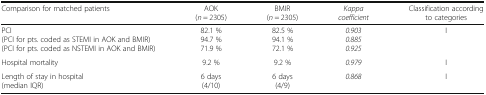
<table><thead><tr><td><b>Comparison for matched patients</b></td><td><b>AOK (<i>n</i> = 2305)</b></td><td><b>BMIR (<i>n</i> = 2305)</b></td><td><b><i>Kappa coefficient</i></b></td><td><b>Classification according to categories</b></td></tr></thead><tbody><tr><td>PCI(PCI for pts. coded as STEMI in AOK and BMIR)(PCI for pts. coded as NSTEMI in AOK and BMIR)</td><td>82.1 %94.7 %71.9 %</td><td>82.5 %94.1 %72.1 %</td><td><i>0.903</i><i>0.885</i><i>0.925</i></td><td>I</td></tr><tr><td>Hospital mortality</td><td>9.2 %</td><td>9.2 %</td><td><i>0.979</i></td><td>I</td></tr><tr><td>Length of stay in hospital(median IQR)</td><td>6 days(4/10)</td><td>6 days(4/9)</td><td><i>0.868</i></td><td>I</td></tr></tbody></table>